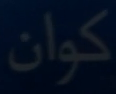
كوان